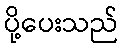
ပို့ပေးသည်